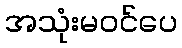
အသုံးမဝင်ပေ